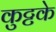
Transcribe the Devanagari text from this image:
कुट्टके